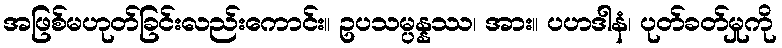
အဖြစ်မဟုတ်ခြင်းလည်းကောင်း။ ဥပသမ္ပန္နဿ၊ အား။ ပဟဒါနံ၊ ပုတ်ခတ်မှုကို